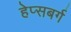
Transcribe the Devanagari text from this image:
हेप्सबर्ग